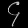
Digit: ၄